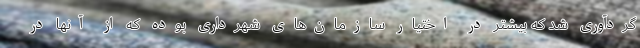
گردآوری شد که بیشتر در اختیار سازمان‌های شهرداری بوده که از آنها در